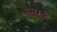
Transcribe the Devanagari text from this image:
मस़रक